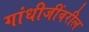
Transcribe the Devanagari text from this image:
गांधीजींवरील